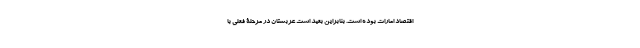
اقتصاد امارات بوده است. بنابراین بعید است عربستان در مرحلۀ فعلی با